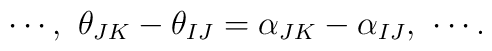
\cdots,\,\, \theta_{JK}-\theta_{IJ}=\alpha_{JK}-\alpha_{IJ}, \,\, \cdots.